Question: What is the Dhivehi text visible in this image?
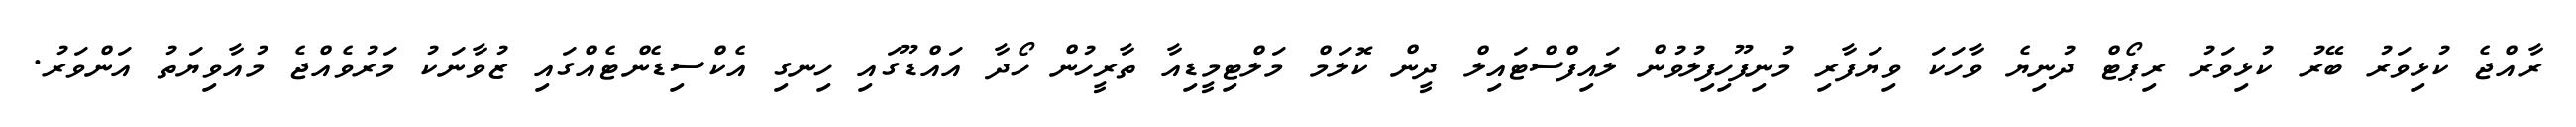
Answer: ރާއްޖެ ކުޅިވަރު ބޭރު ކުޅިވަރު ރިޕޯޓް ދުނިޔެ ވާހަކަ ވިޔަފާރި މުނިފޫހިފިލުވުން ލައިފްސްޓައިލް ދީން ކޮލަމް މަލްޓިމީޑިއާ ތާރީހުން ހޯދާ އައްޑޫގައި ހިނގި އެކްސިޑެންޓެއްގައި ޒުވާނަކު މަރުވެއްޖެ މުއާވިޔަތު އަންވަރު.